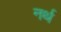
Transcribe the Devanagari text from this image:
नर्थ